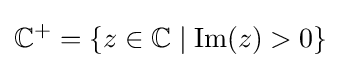
\mathbb {C} ^{+}=\{z\in \mathbb {C} \mid \operatorname {Im} (z)>0\}